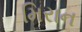
મિરાન